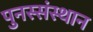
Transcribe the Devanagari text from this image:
पुनस्संस्थान